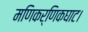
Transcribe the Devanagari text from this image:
मणिकर्णिकघाट।